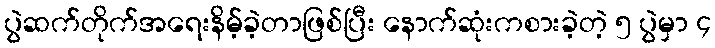
ပွဲဆက်တိုက်အရေးနိမ့်ခဲ့တာဖြစ်ပြီး နောက်ဆုံးကစားခဲ့တဲ့ ၅ ပွဲမှာ ၄